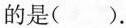
的是()。